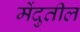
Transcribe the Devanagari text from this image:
मेंदुतील